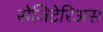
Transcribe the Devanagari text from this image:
सेजिटेरिअस